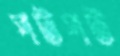
পটপট